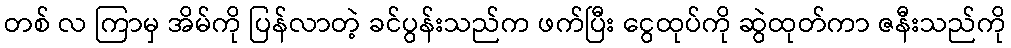
တစ် လ ကြာမှ အိမ်ကို ပြန်လာတဲ့ ခင်ပွန်းသည်က ဖက်ပြီး ငွေထုပ်ကို ဆွဲထုတ်ကာ ဇနီးသည်ကို